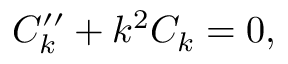
{ \cal C } _ { k } ^ { \prime \prime } + k ^ { 2 } { \cal C } _ { k } = 0 ,